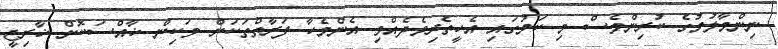
ނިންމާލުމުގެ ކުރިންވެސް މި ކަމުގައި އެހީތެރިވެދެއްވި އެންމެހާ ފަރާތްތަކަށް ވަކިން ޚާއްސަކޮށް ޚާރިޖީ